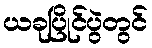
ယခုပြိုင်ပွဲတွင်